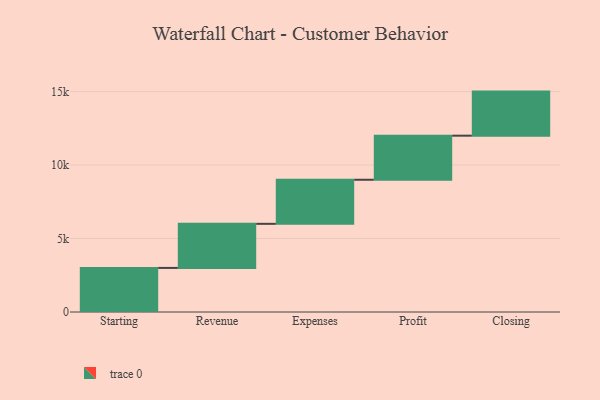
{"axis": {"x": "Step", "y": "Value"}, "legend": [""], "data": [{"x": "Starting", "y": 3000, "type": ""}, {"x": "Revenue", "y": 3000, "type": ""}, {"x": "Expenses", "y": 3000, "type": ""}, {"x": "Profit", "y": 3000, "type": ""}, {"x": "Closing", "y": 3000, "type": ""}]}